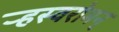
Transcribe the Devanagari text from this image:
र्‍हस्वरोमन्